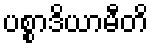
ပစ္စာဒိယာမီတိ